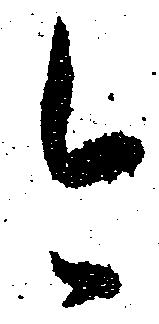
今